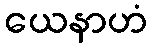
ယေနာဟံ